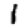
Digit: 1